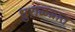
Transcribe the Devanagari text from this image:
धुराळय़ात